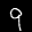
Label: 9